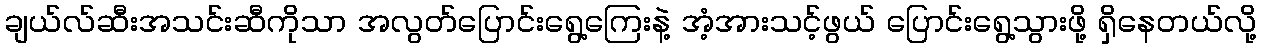
ချယ်လ်ဆီးအသင်းဆီကိုသာ အလွတ်ပြောင်းရွေ့ကြေးနဲ့ အံ့အားသင့်ဖွယ် ပြောင်းရွေ့သွားဖို့ ရှိနေတယ်လို့